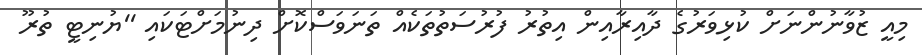
މިއީ ޒުވާނުންނަށް ކުޅިވަރުގެ ދާއިރާއިން އިތުރު ފުރުސަތުތަކެއް ތަނަވަސްކޮށް ދިނުމަށްޓަކައި ''ޔުނިޓީ ތުރޫ